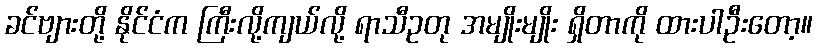
ခင်ဗျားတို့ နိုင်ငံက ကြီးလို့ကျယ်လို့ ရာသီဥတု အမျိုးမျိုး ရှိတာကို ထားပါဦးတော့။